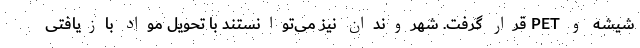
شیشه و PET قرار گرفت. شهروندان نیز می‌توانستند با تحویل مواد بازیافتی